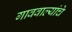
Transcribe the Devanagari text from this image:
गाववाल्यांचे